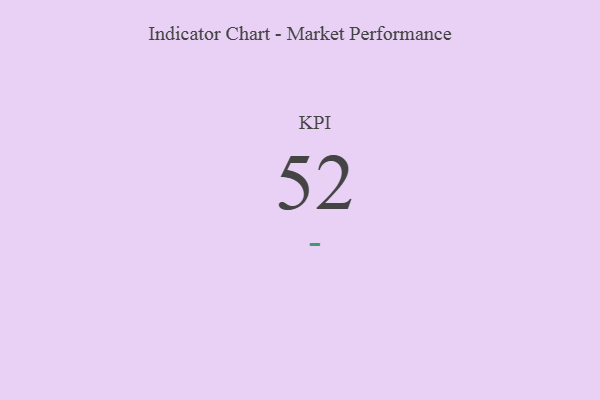
{"axis": {"x": "KPI", "y": "Value"}, "legend": [""], "data": [{"x": "KPI", "y": 52, "type": ""}]}